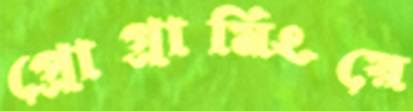
প্রোগ্রামিংয়ে